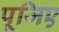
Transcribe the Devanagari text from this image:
पूजिए